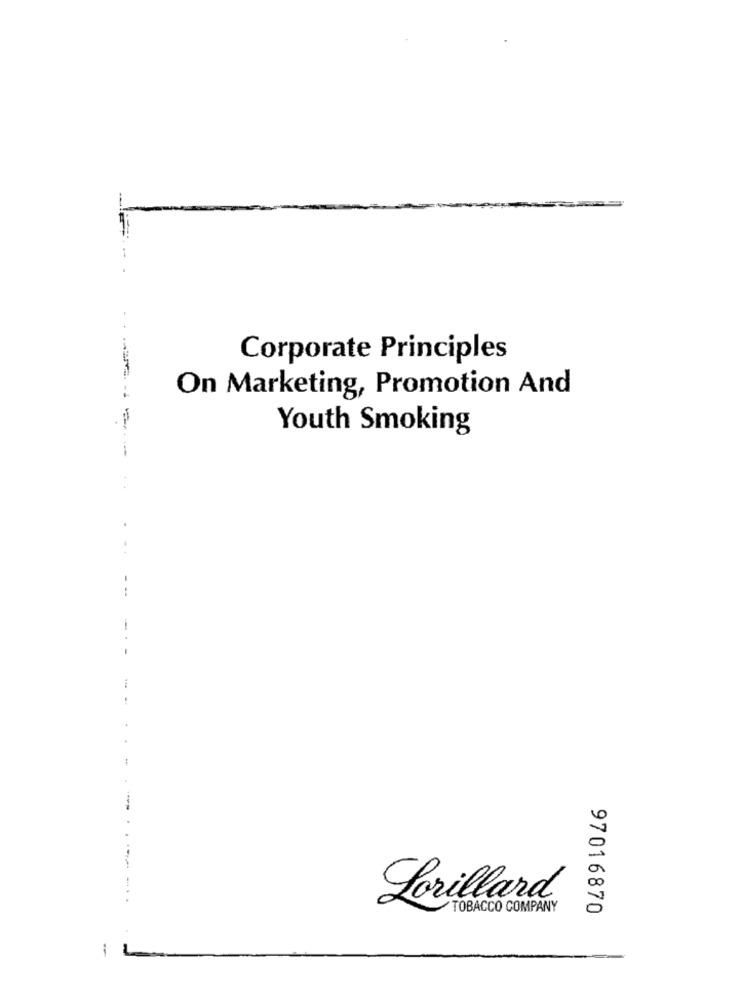
-
Corporate Principles
On Marketing, Promotion And
Youth Smoking
....
....
Lorillard
TOBACCO COMPANY
97016870
-